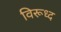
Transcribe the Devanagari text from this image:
विरूध्‍द